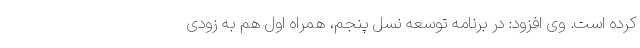
کرده است. وی افزود: در برنامه توسعه نسل پنجم، همراه اول هم به زودی